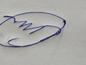
Signature authenticity: forged